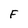
Character: F